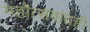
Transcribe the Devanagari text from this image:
महोत्सवांतही